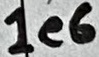
Text: 1e6